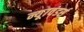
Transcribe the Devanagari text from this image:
न्यू७वंडर्स